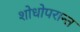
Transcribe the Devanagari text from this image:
शोधोपरान्त